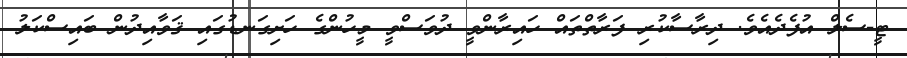
ޓީ-ސެލް އުފެދެއެވެ. ދިރާސާކުރި ފަރާތްތައް ހައިރާންވީ ދުވަސްވީ މީހުންގެ ހަށިގަނޑުގައި ޤަވާއިދުން ބައިސްކަލު